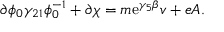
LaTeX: \partial \phi _ { 0 } \gamma _ { 2 1 } \phi _ { 0 } ^ { - 1 } + \partial \chi = m \mathrm { e } ^ { \gamma _ { 5 } \beta } v + e A .